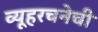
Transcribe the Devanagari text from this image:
व्यूहरचनेची